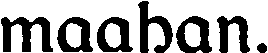
maahan.